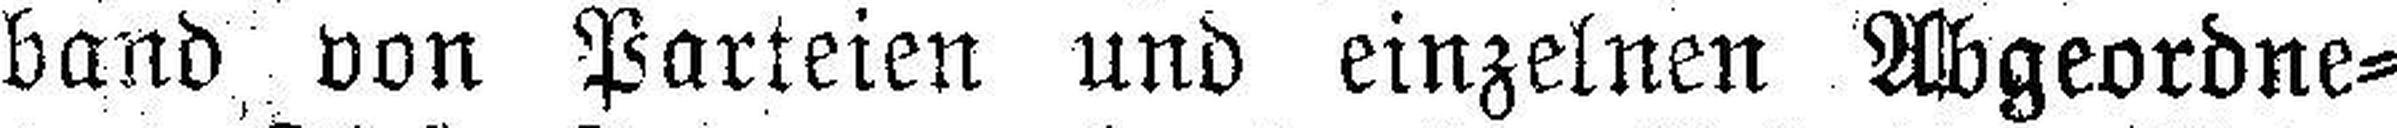
band von Parteien und einzelnen Abgeordne¬